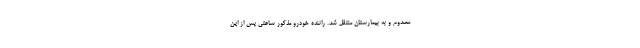
مصدوم و به بیمارستان منتقل شد. راننده خودرو مذکور ساعتی پس از این